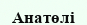
Анатөлі